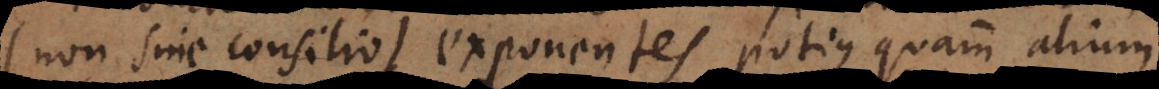
(non sine consilio) exponentes potius quam alium